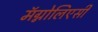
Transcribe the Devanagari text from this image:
मॅग्नोलिएसी